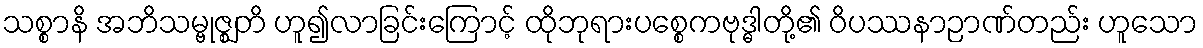
သစ္စာနိ အဘိသမ္ဗုဇ္ဈတိ ဟူ၍လာခြင်းကြောင့် ထိုဘုရားပစ္စေကဗုဒ္ဓါတို့၏ ဝိပဿနာဉာဏ်တည်း ဟူသော